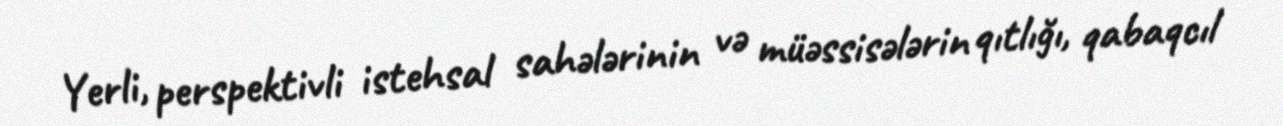
Yerli, perspektivli istehsal sahələrinin və müəssisələrin qıtlığı, qabaqcıl